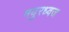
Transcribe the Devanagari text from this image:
मयुरध्वज